Civil Veterinary Department. Madras. Admin. report 1926-33 - 1926-1933
Year: 1926
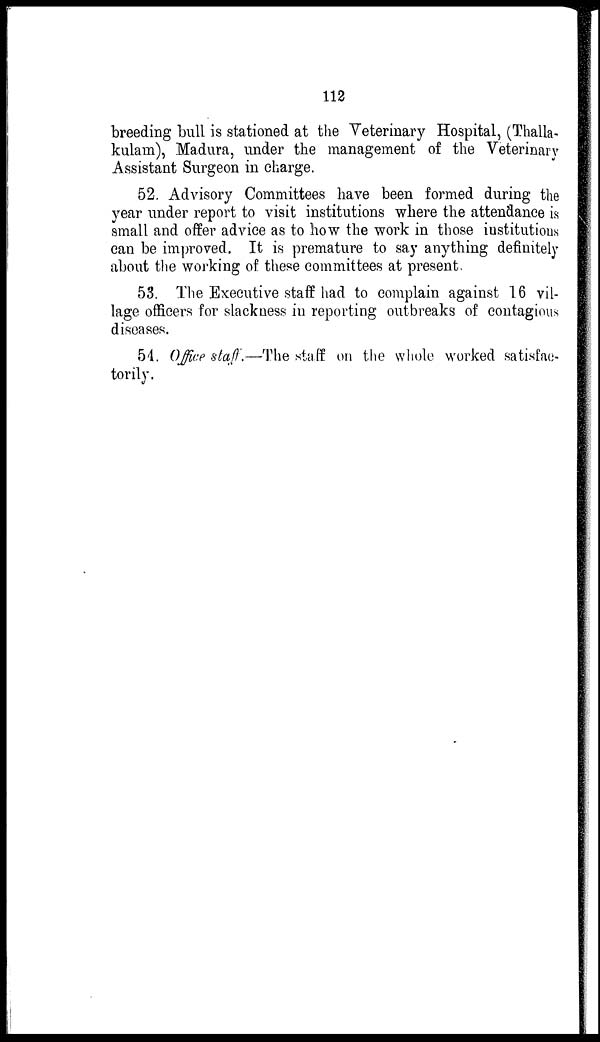
112
breeding bull is stationed at the Veterinary Hospital, (Thalla-
kulam), Madura, under the management of the Veterinary
Assistant Surgeon in charge.
52. Advisory Committees have been formed during the
year under report to visit institutions where the attendance is
small and offer advice as to how the work in those institutions
can be improved. It is premature to say anything definitely
about the working of these committees at present.
53. The Executive staff had to complain against 16 vil-
lage officers for slackness in reporting outbreaks of contagious
diseases.
54. Office staff.—The staff on the whole worked satisfac-
torily.